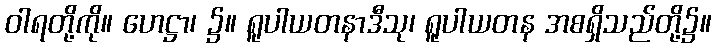
ဝါရတို့ကို။ ဟေဋ္ဌာ၊ ၌။ ရူပါယတနာဒီသု၊ ရူပါယတန အစရှိသည်တို့၌။